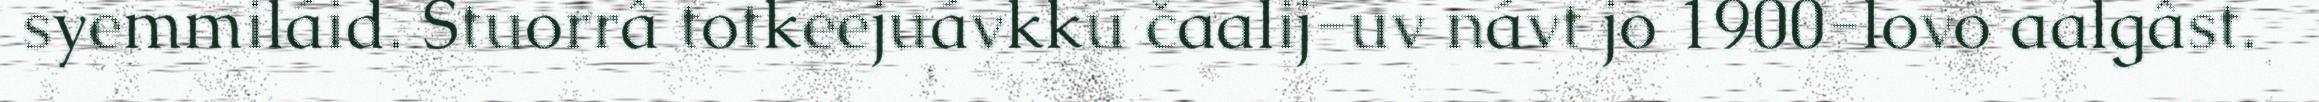
syemmiláid. Stuorrâ totkeejuávkku čaalij-uv návt jo 1900-lovo aalgâst.